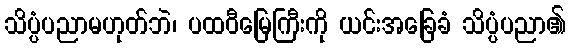
သိပ္ပံပညာမဟုတ်ဘဲ၊ ပထဝီမြေကြီးကို ယင်းအခြေခံ သိပ္ပံပညာ၏